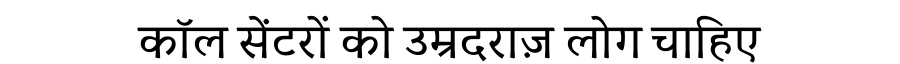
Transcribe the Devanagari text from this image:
कॉल सेंटरों को उम्रदराज़ लोग चाहिए